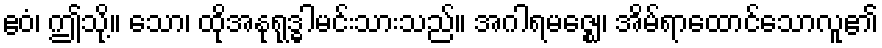
ဧဝံ၊ ဤသို့။ သော၊ ထိုအနုရုဒ္ဓါမင်းသားသည်။ အဂါရမဇ္ဈေ၊ အိမ်ရာထောင်သောလူ၏